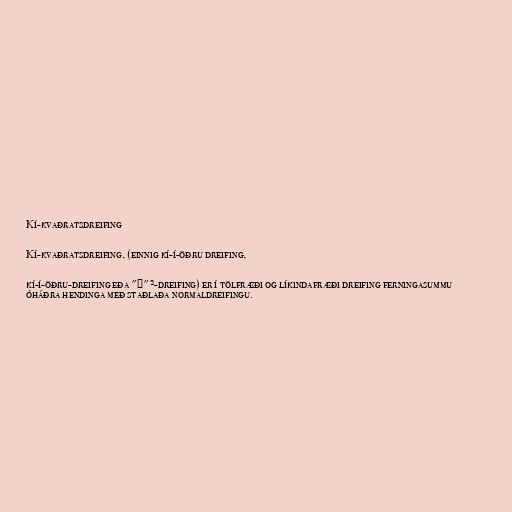
Kí-kvaðratsdreifing

Kí-kvaðratsdreifing, (einnig kí-í-öðru dreifing,

kí-í-öðru-dreifing eða "χ"²-dreifing) er í tölfræði og líkindafræði dreifing ferningasummu
óháðra hendinga með staðlaða normaldreifingu.